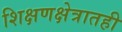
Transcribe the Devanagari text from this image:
शिक्षणक्षेत्रातही